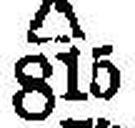
∆ 815